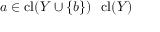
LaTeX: a \in \operatorname { c l } ( Y \cup \{ b \} ) \setminus \operatorname { c l } ( Y )